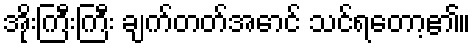
အိုးကြီးကြီး ချက်တတ်အောင် သင်ရတော့၏။